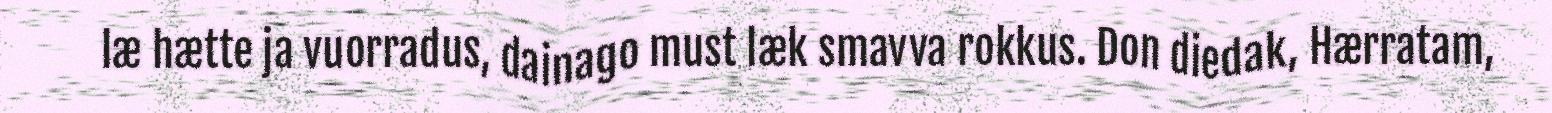
læ hætte ja vuorradus, dainago must læk smavva rokkus. Don diedak, Hærratam,